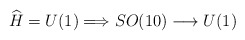
\begin{align*}\widehat{H}= U(1) \Longrightarrow SO(10) \longrightarrow U(1)\end{align*}